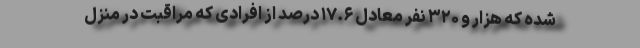
شده که هزار و ۳۲۰ نفر معادل ۱۷.۶ درصد از افرادی که مراقبت در منزل